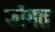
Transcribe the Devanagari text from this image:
फोगत